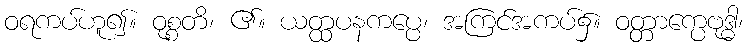
ဝရကပ်ဟူ၍။ ဝုစ္စတိ၊ ၏။ ယတ္ထပနကပ္ပေ၊ အကြင်အကပ်၌။ ဝတ္တာက္ပေဗုဒ္ဓါ၊